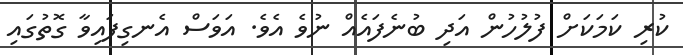
ކުރި ކަމަކަށް ފުލުހުން އަދި ބުނެފައެއް ނުވެ އެވެ. އަވަސް އެނގިފައިވާ ގޮތުގައި